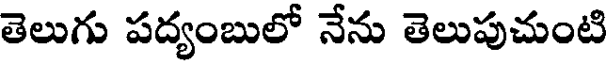
తెలుగు పద్యంబులో నేను తెలుపుచుంటి